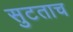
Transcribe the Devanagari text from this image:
सुटताच